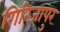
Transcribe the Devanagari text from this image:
गिरिजापुर